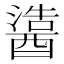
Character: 𬪵